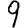
Digit: 9